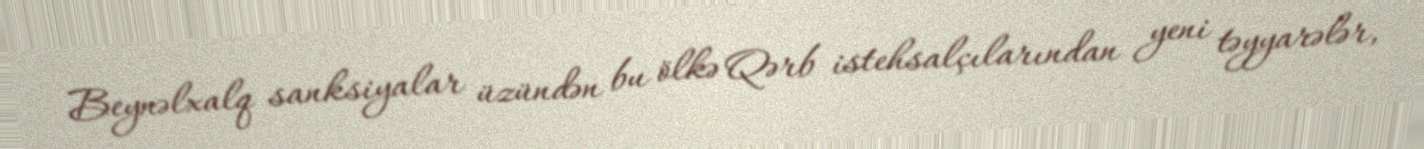
Beynəlxalq sanksiyalar üzündən bu ölkə Qərb istehsalçılarından yeni təyyarələr,